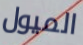
الميول